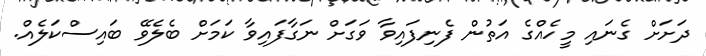
ދަށަށް ގެނައި މީހެއްގެ އަތުން ފެނިފައިވާ ވަގަށް ނަގާފައިވާ ކަމަށް ބެލެވޭ ބައިސްކަލެއް.